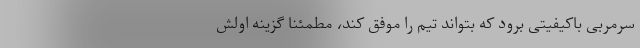
سرمربی باکیفیتی برود که بتواند تیم را موفق کند، مطمئنا گزینه اولش